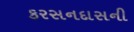
કરસનદાસની